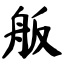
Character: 舨